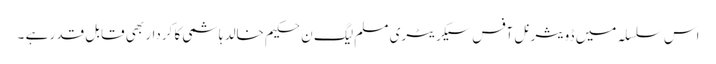
اس سلسلہ میں ڈویثرنل آفس سیکریٹری مسلم لیگ ن حکیم خالد ہاشمی کا کردار بھی قابل قدر ہے ۔